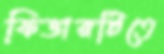
ফিডারটিতে